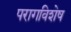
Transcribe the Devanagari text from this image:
परागविशेष